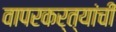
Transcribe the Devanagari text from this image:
वापरकर्त्यांची